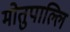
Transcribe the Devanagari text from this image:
मोतुपाल्लि